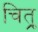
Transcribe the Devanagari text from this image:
चित्र्